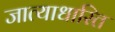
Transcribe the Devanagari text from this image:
जात्याधारित